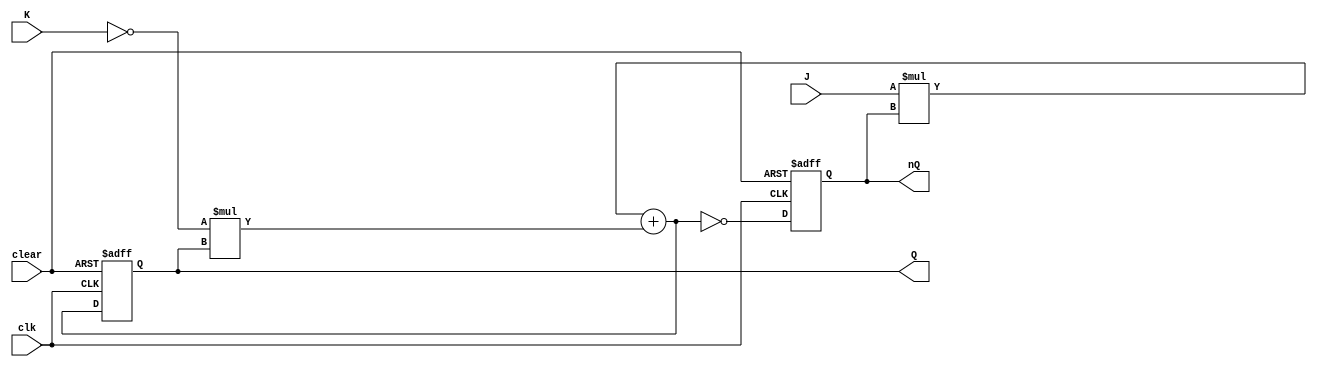
`timescale 1ns / 1ps

module JKFF(clk, J, K, clear, Q, nQ);

	input wire clk, J, K, clear;
	output reg Q, nQ;
	
	initial begin
		Q = 0;
		nQ = 1;
	end
	
	always @(negedge clk or negedge clear) begin
		if(!clear) begin
			Q <= 0;
			nQ <= 1;
		end
		else begin
			Q <= J * nQ + ~K * Q;
			nQ <= ~(J * nQ + ~K * Q);
		end
	end

endmodule